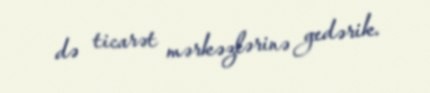
də ticarət mərkəzlərinə gedərik.